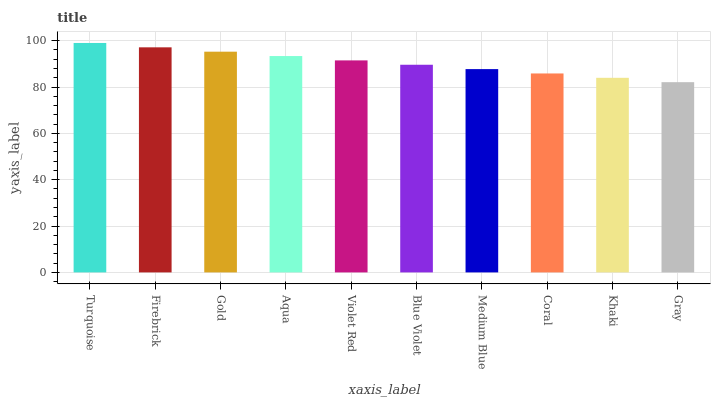
| xaxis_label | bars |
 | --- | --- |
 | Turquoise | 99 |
 | Firebrick | 97.1 |
 | Gold | 95.2 |
 | Aqua | 93.4 |
 | Violet Red | 91.5 |
 | Blue Violet | 89.6 |
 | Medium Blue | 87.7 |
 | Coral | 85.8 |
 | Khaki | 84 |
 | Gray | 82.1 |